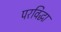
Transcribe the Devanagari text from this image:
परविद्धा